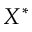
X ^ { * }